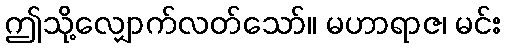
ဤသို့လျှောက်လတ်သော်။ မဟာရာဇ၊ မင်း